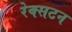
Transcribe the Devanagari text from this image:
रेक्सटन